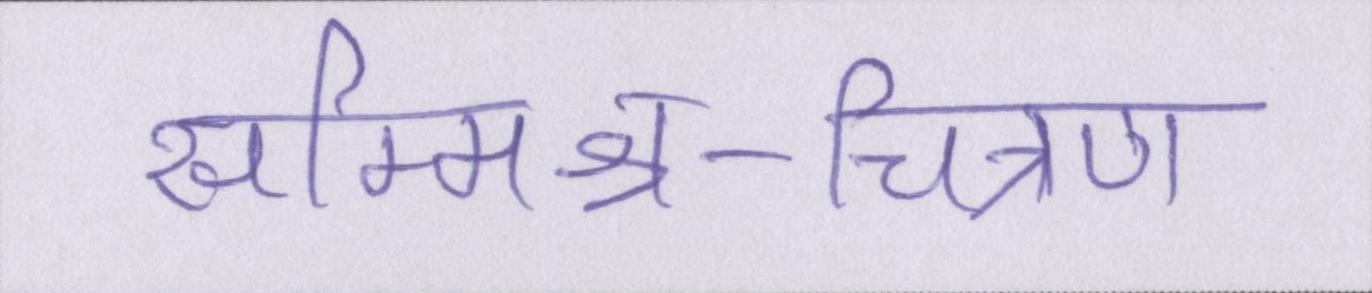
सम्मिश्र-चित्रण